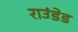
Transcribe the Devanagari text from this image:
राउंडेड